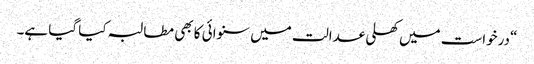
“درخواست میں کھلی عدالت میں سنوائی کا بھی مطالبہ کیا گیا ہے۔